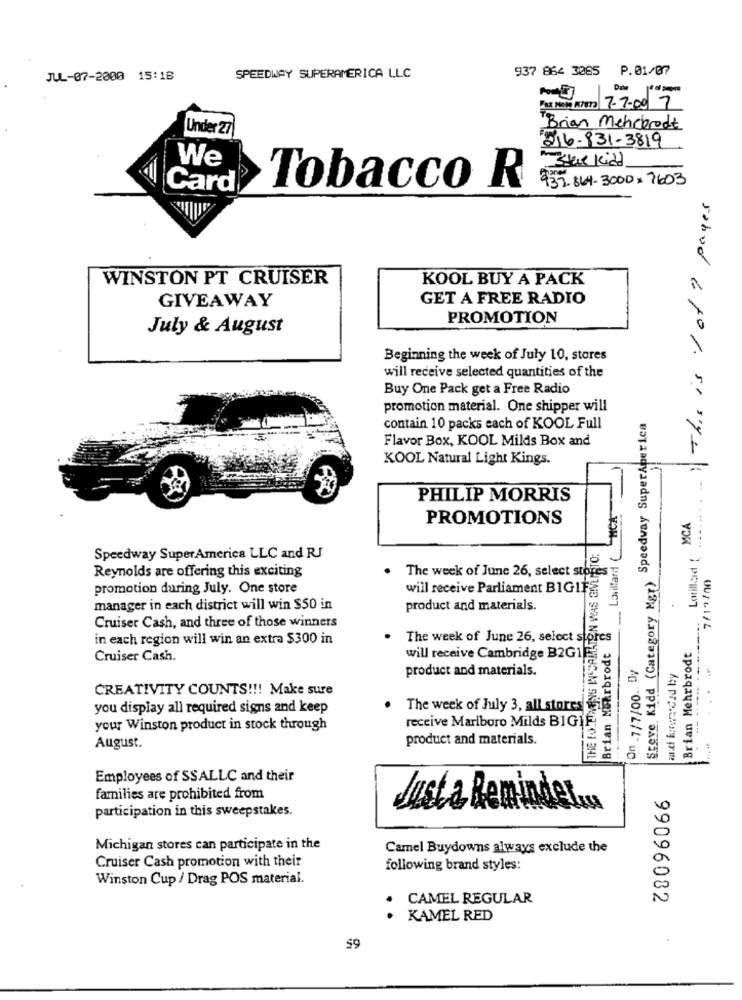
937 864 3085 P.01/07
JUL-07-2000 15:18
SPEEDWAY SUPERAMERICA LLC
Fox Not Atera 7.7.00 7
Under 27
Brian Mehrbrodt
516-831-3819
Star kidd
We
935.864-3000x 7603
Card
Tobacco R
17 pages
WINSTON PT CRUISER
KOOL BUY A PACK
GIVEAWAY
GET A FREE RADIO
0
PROMOTION
July & August
Beginning the week of July 10, stores
Lorillard Thisis
will receive selected quantities of the
Buy One Pack get a Free Radio
promotion material. One shipper will
Steve Kidd (Category Mgr) Speedway SuperAmerica
contain 10 packs each of KOOL Full
Flavor Box, KOOL Milds Box and
KOOL Natural Light Kings.
PHILIP MORRIS
Lovillard ( MCA
MCA
PROMOTIONS
THE FO ETOING I CARLTON WAS GIVEIRTO:
Speedway SuperAmerica LLC and RJ
Reynolds are offering this exciting
7/19100
The week of June 26, select stores
promotion during July. One store
will receive Parliament BIGIFS
manager in each district will win $50 in
product and materials.
Cruiser Cash, and three of those winners
Brian Maarbrodt &
in each region will win an extra $300 in
The week of June 26, select stores
will receive Cambridge B2G1F
Brian Mehrbrodt
Cruiser Cash.
On -7/7/00 .. By
product and materials.
and iwarded by
CREATIVITY COUNTS !!! Make sure
you display all required signs and keep
The week of July 3, all stores
receive Marlboro Milds BIGIF
your Winston product in stock through
product and materials.
August.
Employees of SSALLC and their
Z8096066
families are prohibited from
participation in this sweepstakes.
Justa Reminder.
Michigan stores can participate in the
Camel Buydowns always exclude the
Cruiser Cash promotion with their
following brand styles:
Winston Cup / Drag POS material.
CAMEL REGULAR
KAMEL RED
$9